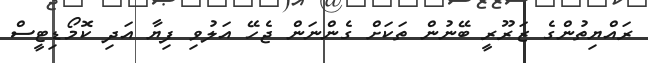
ރައްޔިތުންގެ ޒަރޫރީ ބޭނުން ތަކަށް ގެންނަން ޖެހޭ އަލުވި ފިޔާ އަދި ކޮމޯޑިޓީސް